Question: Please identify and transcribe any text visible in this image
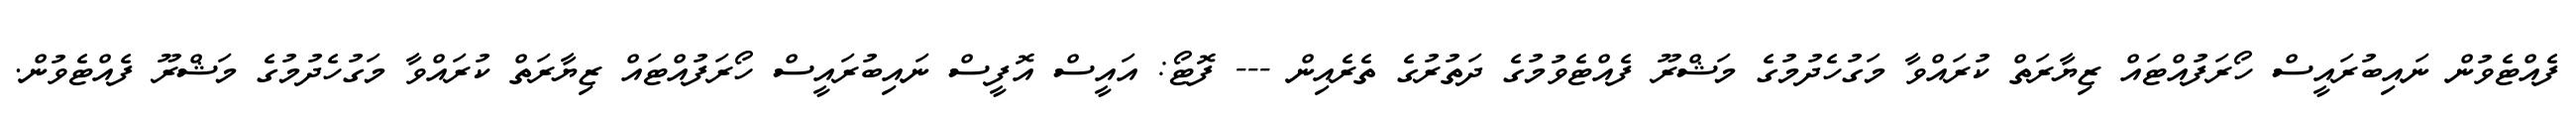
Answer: ފެއްޓެވުން ނައިބުރައީސް ހޯރަފުއްޓައް ޒިޔާރަތް ކުރައްވާ މަގުހެދުމުގެ މަޝްރޫ ފެއްޓެވުމުގެ ދަތުރުގެ ތެރެއިން --- ފޮޓޯ: އައީސް އޮފީސް ނައިބުރައީސް ހޯރަފުއްޓައް ޒިޔާރަތް ކުރައްވާ މަގުހެދުމުގެ މަޝްރޫ ފެއްޓެވުން.